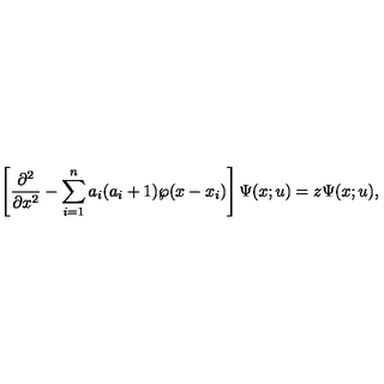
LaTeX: \left[ { \frac { \partial ^ { 2 } } { \partial x ^ { 2 } } } - \sum _ { i = 1 } ^ { n } a _ { i } ( a _ { i } + 1 ) \wp ( x - x _ { i } ) \right] \Psi ( x ; u ) = z \Psi ( x ; u ) ,